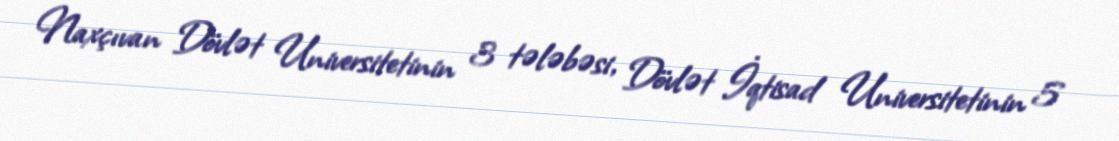
Naxçıvan Dövlət Universitetinin 3 tələbəsi, Dövlət İqtisad Universitetinin 5